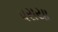
પરાયા